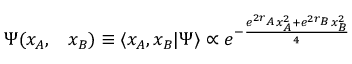
\begin{array} { r l } { \Psi ( x _ { A } , } & { { } x _ { B } ) \equiv \langle x _ { A } , x _ { B } \vert \Psi \rangle \propto e ^ { - \frac { e ^ { 2 r _ { A } } x _ { A } ^ { 2 } + e ^ { 2 r _ { B } } x _ { B } ^ { 2 } } { 4 } } } \end{array}